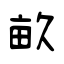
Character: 畝